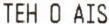
TEH O AIS